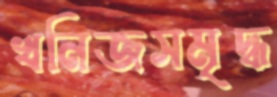
খনিজসমৃদ্ধ